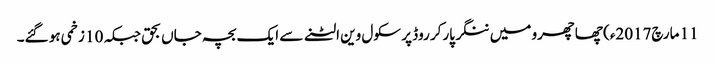
11 مارچ2017ء) چھاچھرو میں ننگر پارکر روڈ پر سکول وین الٹنے سے ایک بچہ جاں بحق جبکہ 10 زخمی ہو گئے۔